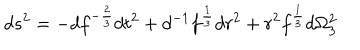
LaTeX: d s ^ { 2 } = - d f ^ { - { \frac { 2 } { 3 } } } d t ^ { 2 } + d ^ { - 1 } f ^ { \frac { 1 } { 3 } } d r ^ { 2 } + r ^ { 2 } f ^ { \frac { 1 } { 3 } } d \Omega _ { 3 } ^ { 2 }